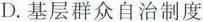
D.基层群众自治制度